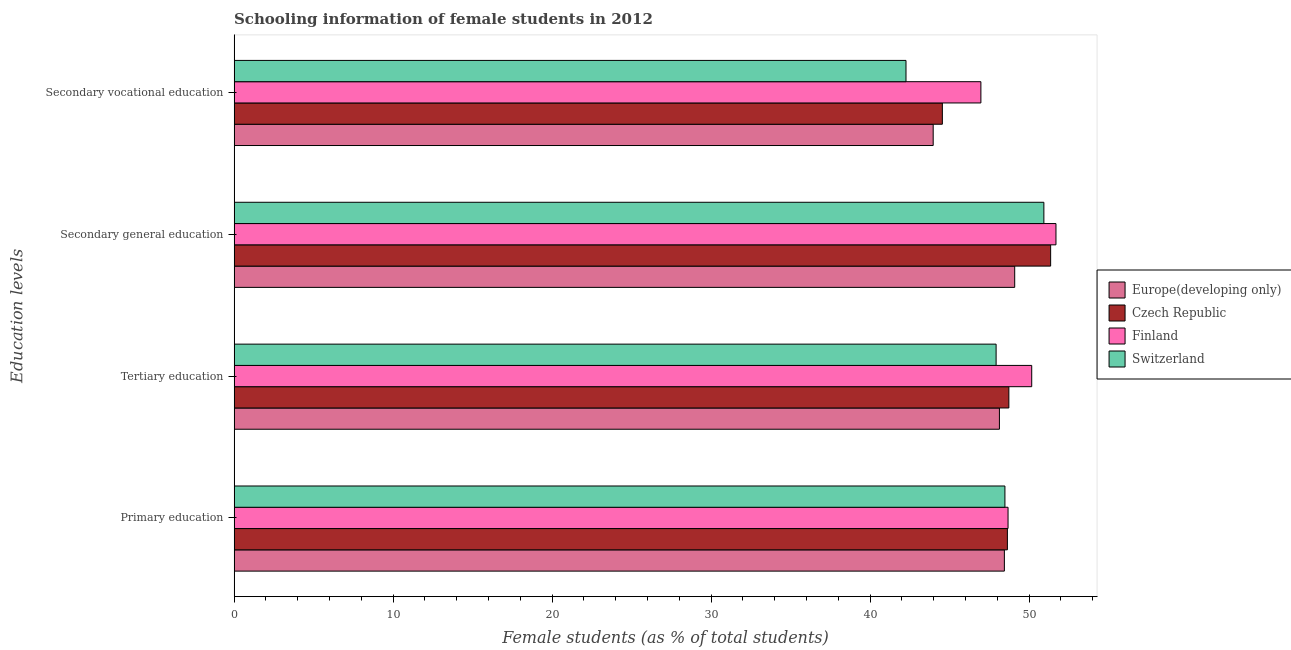
| Education levels | Europe(developing only) | Czech Republic | Finland | Switzerland |
 | --- | --- | --- | --- | --- |
 | Primary education | 48.4 | 48.6 | 48.7 | 48.5 |
 | Tertiary education | 48.1 | 48.7 | 50.2 | 47.9 |
 | Secondary general education | 49.1 | 51.4 | 51.7 | 50.9 |
 | Secondary vocational education | 44 | 44.5 | 47 | 42.3 |